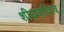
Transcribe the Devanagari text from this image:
शीघ्रकवित्व